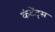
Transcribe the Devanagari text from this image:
कंटेंट्स